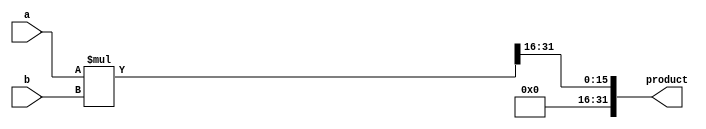
module fixed_point_multiplier (
    input [15:0] a, //input fixed-point number 1
    input [15:0] b, //input fixed-point number 2
    output reg [31:0] product //output product
);

//scaling factors
parameter SCALE_FACTOR = 16; //2^16 scaling factor

reg [31:0] partial_product; //partial product accumulator

always @* begin
    partial_product = a * b; //perform multiplication
    partial_product = partial_product >> SCALE_FACTOR; //scale down result
    product = partial_product; //output final product
end

endmodule